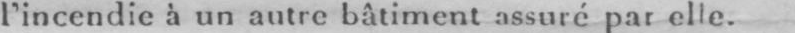
l’incendie à un autre bâtiment assuré par elle.